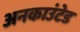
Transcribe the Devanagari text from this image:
अनकाउंटेड